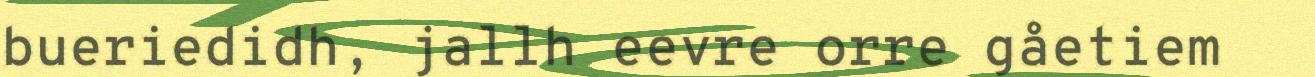
bueriedidh, jallh eevre orre gåetiem